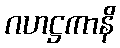
ဂဟဋ္ဌကာနိ